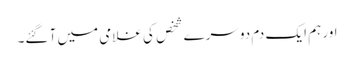
اور ہم ایک دم دوسرے شخص کی غلامی میں آ گئے۔